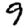
Digit: 9